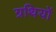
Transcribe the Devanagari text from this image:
ग्रथियों